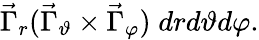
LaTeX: \vec{\Gamma}_{r}(\vec{\Gamma}_{\vartheta}\times\vec{\Gamma}_{\varphi})\; drd\vartheta d\varphi.